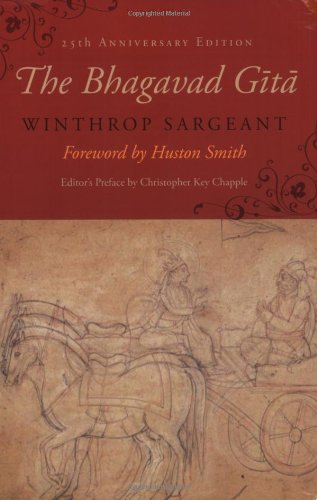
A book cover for The Bhagavad Gita (Suny Series in Cultural Perspectives); Religion & Spirituality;